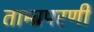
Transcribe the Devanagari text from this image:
ताम्ब्रपरणी